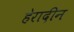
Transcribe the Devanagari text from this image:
हेरादीन